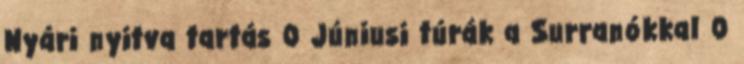
Nyári nyitva tartás 0 Júniusi túrák a Surranókkal 0